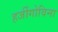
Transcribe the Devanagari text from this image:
हर्जीगोविना